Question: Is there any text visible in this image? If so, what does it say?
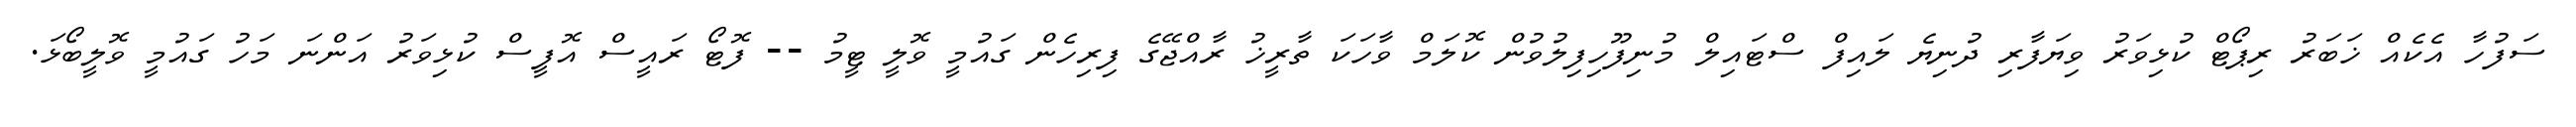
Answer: ސަފުހާ އެކެއް ޚަބަރު ރިޕޯޓް ކުޅިވަރު ވިޔަފާރި ދުނިޔެ ލައިފް ސްޓައިލް މުނިފޫހިފިލުވުން ކޮލަމް ވާހަކަ ތާރީޚު ރާއްޖޭގެ ފިރިހެން ގައުމީ ވޮލީ ޓީމު -- ފޮޓޯ ރައީސް އޮފީސް ކުޅިވަރު އަންނަ މަހު ގައުމީ ވޮލީބޯޅަ.